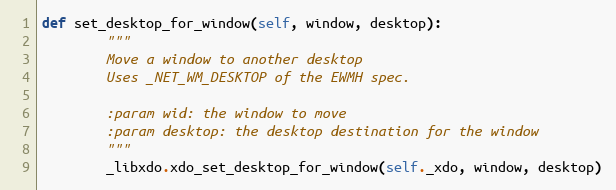
Language: Python
def set_desktop_for_window(self, window, desktop):
        """
        Move a window to another desktop
        Uses _NET_WM_DESKTOP of the EWMH spec.

        :param wid: the window to move
        :param desktop: the desktop destination for the window
        """
        _libxdo.xdo_set_desktop_for_window(self._xdo, window, desktop)